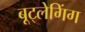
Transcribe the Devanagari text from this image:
बूट्लेगिंग